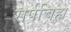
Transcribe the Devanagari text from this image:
सर्पचिह्म